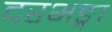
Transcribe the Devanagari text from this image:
दरभङ्गा